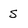
Character: S